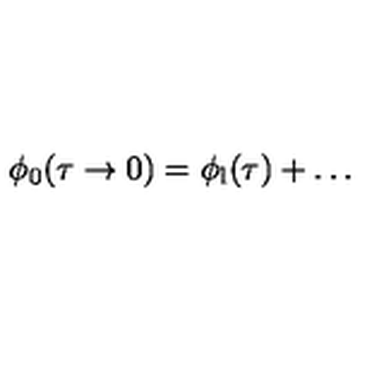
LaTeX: \phi _ { 0 } ( \tau \to 0 ) = \phi _ { \mathrm { l } } ( \tau ) + \ldots